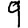
Digit: 9